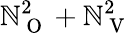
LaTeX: \mathbb{N}_{\mathrm{{~O~}}}^{2}+\mathbb{N}_{\mathrm{{~V~}}}^{2}